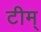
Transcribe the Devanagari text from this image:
टीम्